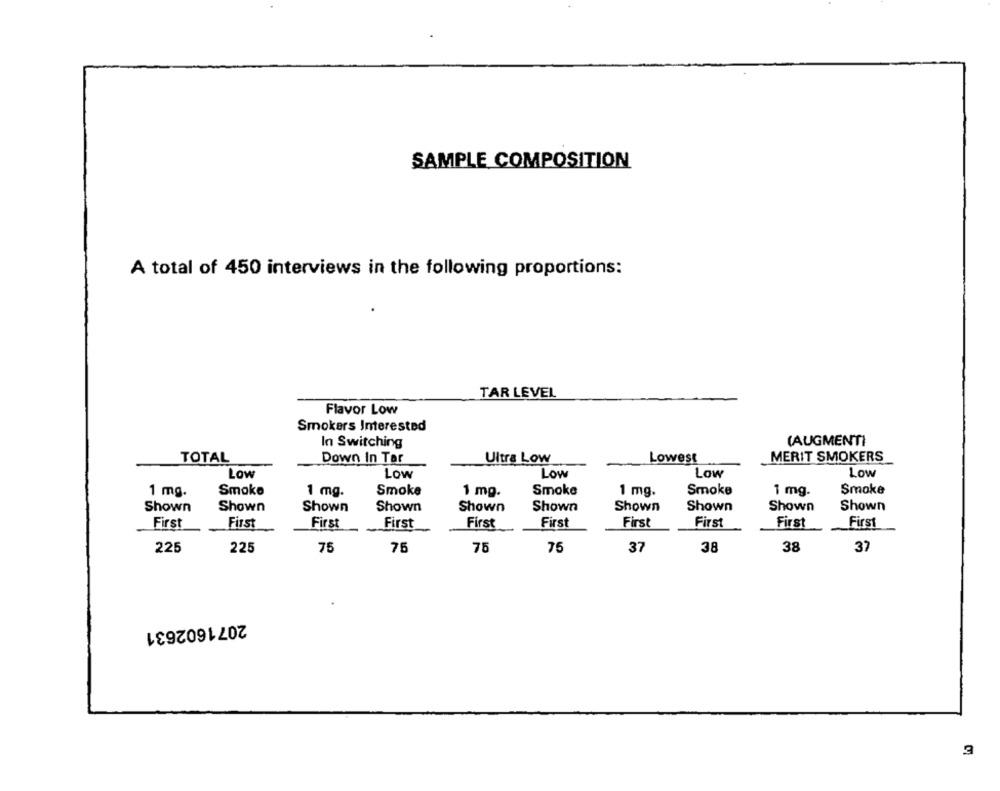
SAMPLE COMPOSITION
A total of 450 interviews in the following proportions:
TAR LEVEL
Flavor Low
Smokers Interested
In Switching
(AUGMENTI
TOTAL
Down In Tar
Ultra Low
Lowest
MERIT SMOKERS
Low
Low
Low
Low
Low
Smoke
Smoke
1 mg.
Smoke
1 mg.
Smoke
1 mg.
Smoke
1 mg.
1 mg.
Shown
Shown
Shown
Shown
Shown
Shown
Shown
Shown
Shown
Shown
First
First
First
First
First
First
First
First
First
First
225
225
75
75
75
75
37
38
38
37
2071602631